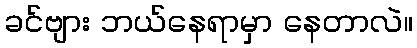
ခင်ဗျား ဘယ်နေရာမှာ နေတာလဲ။